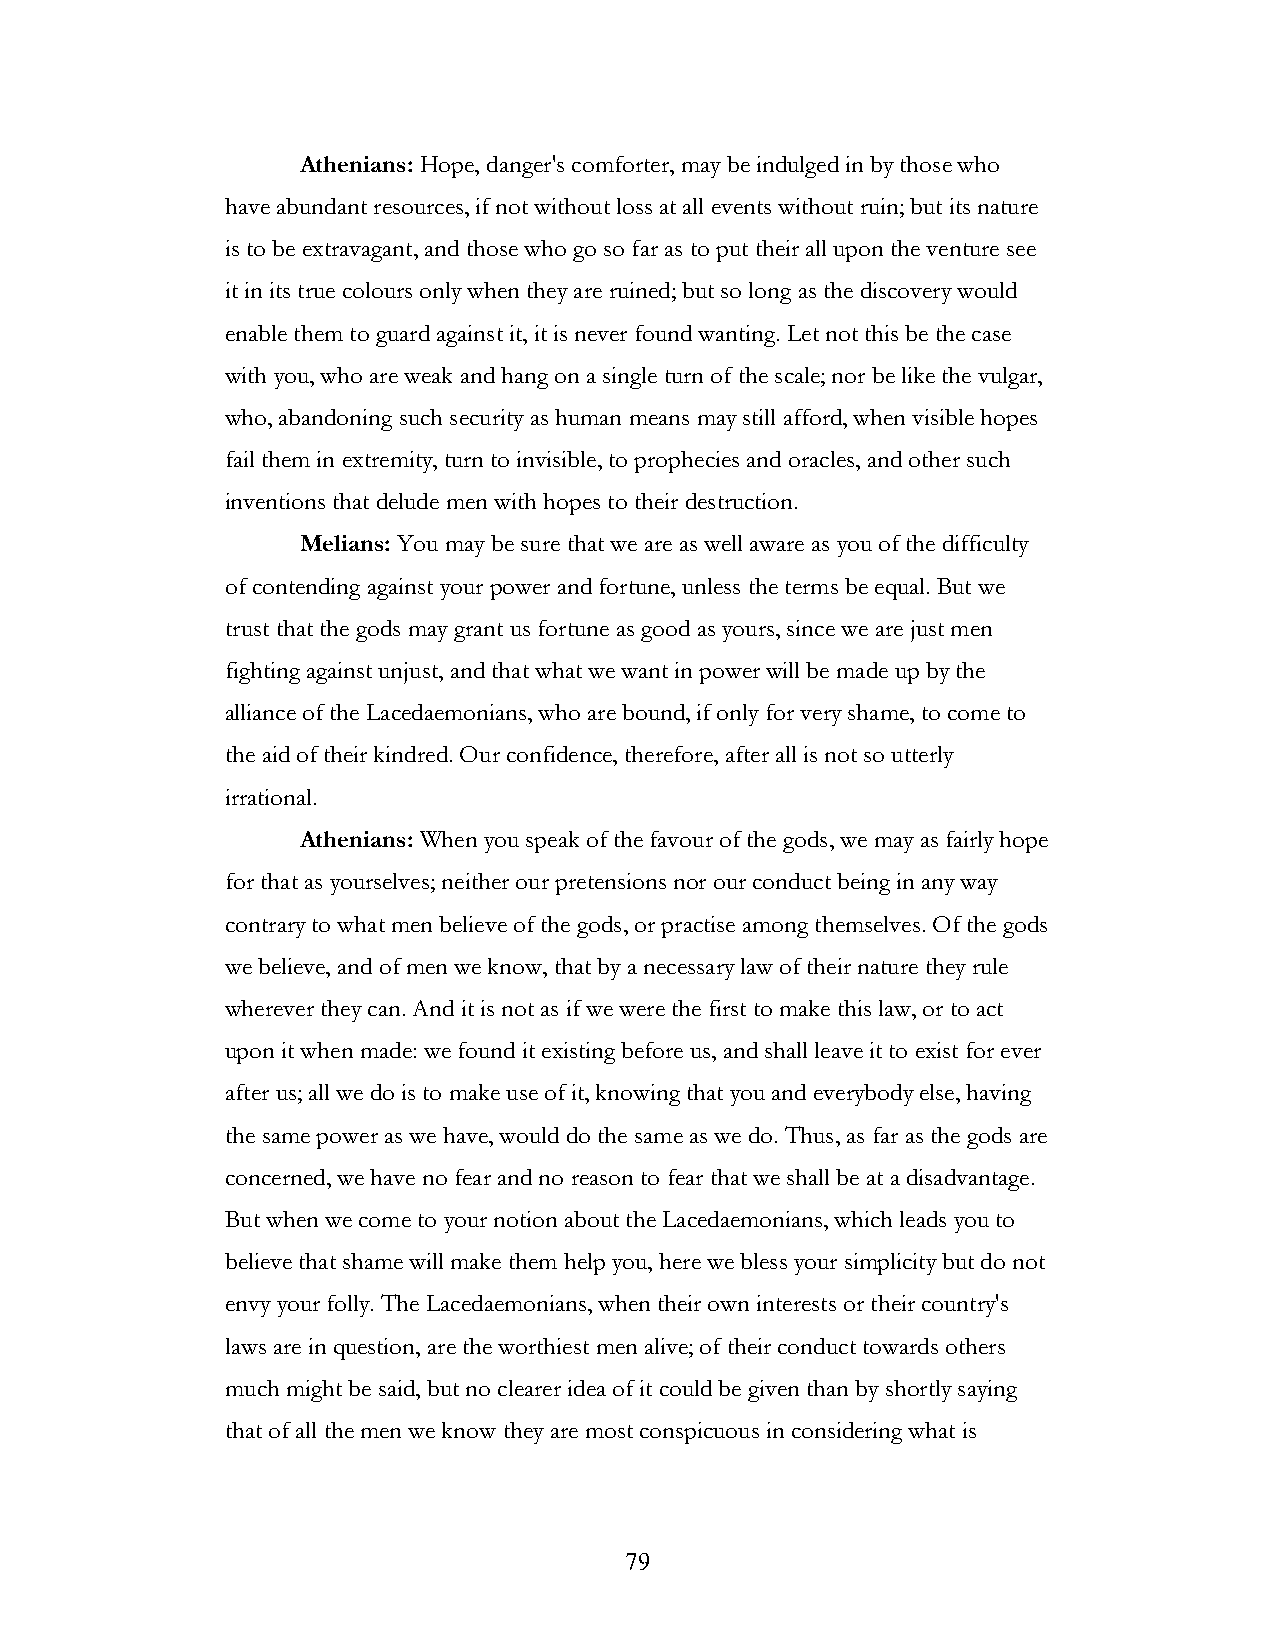
Athenians: Hope, danger's comforter, may be indulged in by those who
 have abundant resources, if not without loss at all events without ruin; but its nature
 is to be extravagant, and those who go so far as to put their all upon the venture see
 it in its true colours only when they are ruined; but so long as the discovery would
 enable them to guard against it, it is never found wanting. Let not this be the case
 with you, who are weak and hang on a single turn of the scale; nor be like the vulgar,
 who, abandoning such security as human means may still afford, when visible hopes
 fail them in extremity, turn to invisible, to prophecies and oracles, and other such
 inventions that delude men with hopes to their destruction.
 Melians: You may be sure that we are as well aware as you of the difficulty
 of contending against your power and fortune, unless the terms be equal. But we
 trust that the gods may grant us fortune as good as yours, since we are just men
 fighting against unjust, and that what we want in power will be made up by the
 alliance of the Lacedaemonians, who are bound, if only for very shame, to come to
 the aid of their kindred. Our confidence, therefore, after all is not so utterly
 irrational.
 Athenians: When you speak of the favour of the gods, we may as fairly hope
 for that as yourselves; neither our pretensions nor our conduct being in any way
 contrary to what men believe of the gods, or practise among themselves. Of the gods
 we believe, and of men we know, that by a necessary law of their nature they rule
 wherever they can. And it is not as if we were the first to make this law, or to act
 upon it when made: we found it existing before us, and shall leave it to exist for ever
 after us; all we do is to make use of it, knowing that you and everybody else, having
 the same power as we have, would do the same as we do. Thus, as far as the gods are
 concerned, we have no fear and no reason to fear that we shall be at a disadvantage.
 But when we come to your notion about the Lacedaemonians, which leads you to
 believe that shame will make them help you, here we bless your simplicity but do not
 envy your folly. The Lacedaemonians, when their own interests or their country's
 laws are in question, are the worthiest men alive; of their conduct towards others
 much might be said, but no clearer idea of it could be given than by shortly saying
 that of all the men we know they are most conspicuous in considering what is
 !                         79